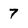
Character: 7